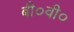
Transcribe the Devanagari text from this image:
बी०वी०